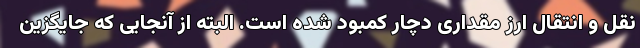
نقل و انتقال ارز مقداری دچار کمبود شده است. البته از آنجایی که جایگزین